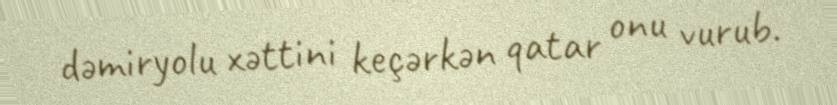
dəmiryolu xəttini keçərkən qatar onu vurub.